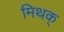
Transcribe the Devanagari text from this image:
मिथक्